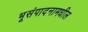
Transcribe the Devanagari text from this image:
भूसंपादनामधील